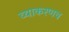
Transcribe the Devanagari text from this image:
व्याकरणच